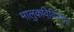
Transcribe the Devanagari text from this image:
मालुकविविरचित